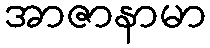
အာဇာနာမာ